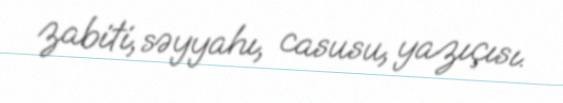
zabiti, səyyahı, casusu, yazıçısı.